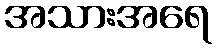
အသားအရေ